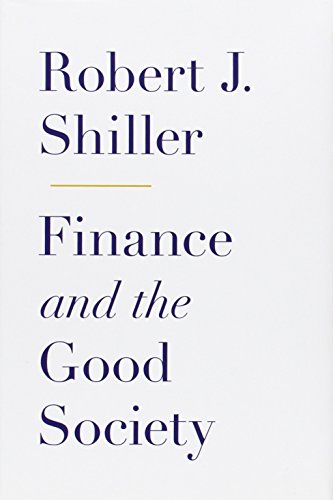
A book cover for Finance and the Good Society; Robert J. Shiller; Business & Money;